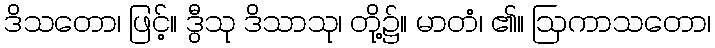
ဒိသတော၊ ဖြင့်။ ဒွီသု ဒိသာသု၊ တို့၌။ မာတံ၊ ၏။ ဩကာသတော၊